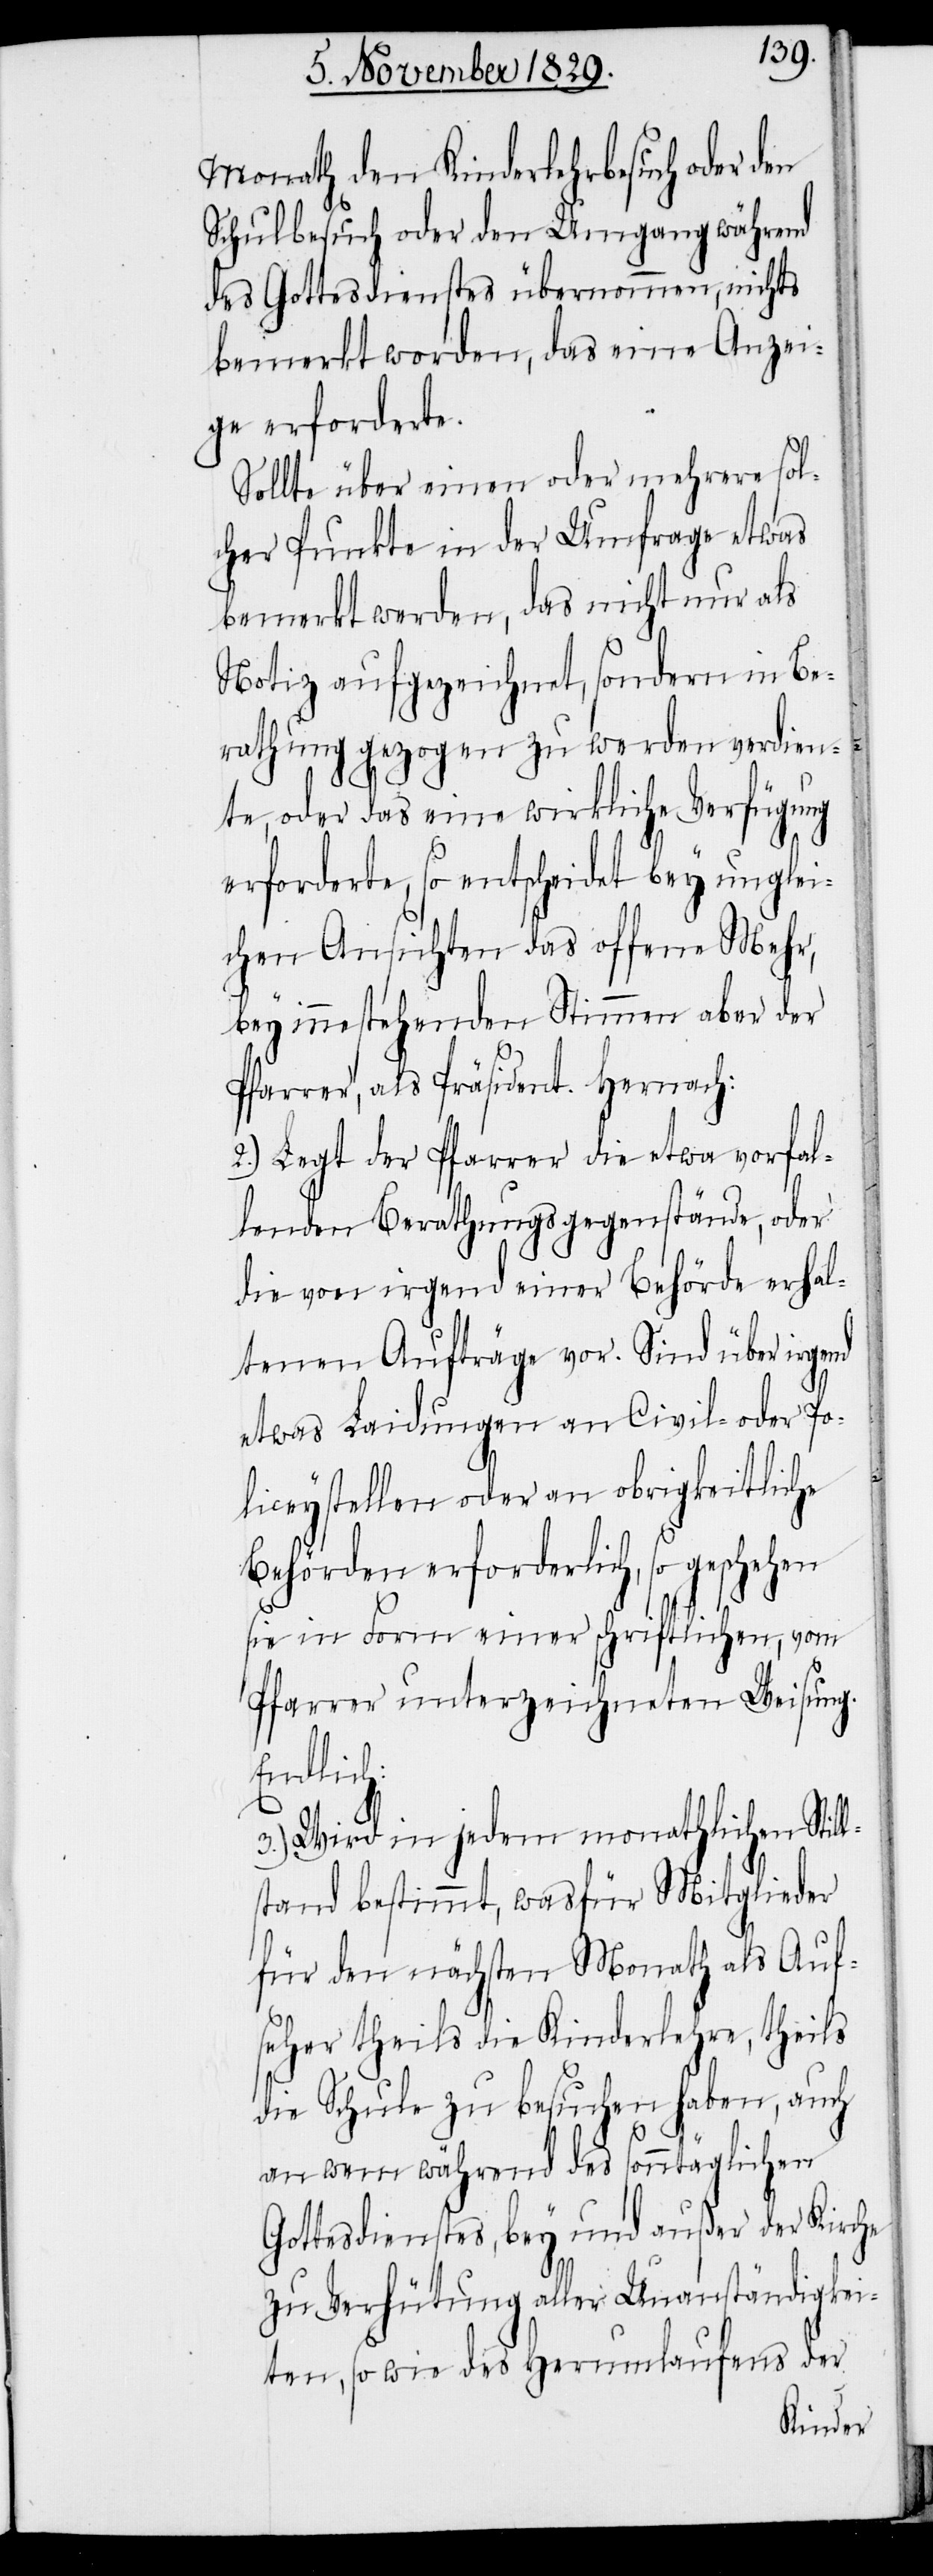
Monath den Kinderlehrbesuch oder den
Schulbesuch oder den Umgang während
des Gottesdienstes übernommen, nichts
bemerkt worden, das eine Anzei¬
ge erforderte.
Sollte über einen oder mehrere sol¬
cher Punkte in der Umfrage etwas
bemerkt werden, das nicht nur als
Notiz aufgezeichnet, sondern in Be¬
rathung gezogen werden verdien¬
te, oder das eine wirkliche Verfügung
erforderte, so entscheidet bey unglei¬
chen Ansichten das offene Mehr,
bey innestehenden Stimmen aber der
Pfarrer, als Präsident. Hernach:
2.) Legt der Pfarrer die etwa vorfal¬
lenden Berathungsgegenstände, oder
die von irgend einer Behörde erhal¬
tenen Aufträge vor. Sind über irgend
etwas Laidungen an Civil- oder Po¬
liceystellen oder an obrigkeitliche
Behörden erforderlich, so geschehen
sie in Form einer schriftlichen, vom
Pfarrer unterzeichneten Weisung.
3.) Wird in jedem monathlichen Still¬
stand bestimmt, wasfür Mitglieder
für den nächsten Monath als Auf¬
seher theils die Kinderlehre, theils
die Schule zu besuchen haben, auch
an wem während des sonntäglichen
Gottesdienstes, bey und außer der Kirche
zu Verhütung aller Unanständigkei¬
ten, so wie des Herumlaufens der